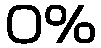
0%